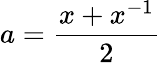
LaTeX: a={\frac{x+x^{-1}}{2}}